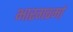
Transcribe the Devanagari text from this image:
भारगवर्मा